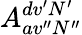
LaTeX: A_{av^{\prime\prime}N^{\prime\prime}}^{dv^{\prime}N^{\prime}}